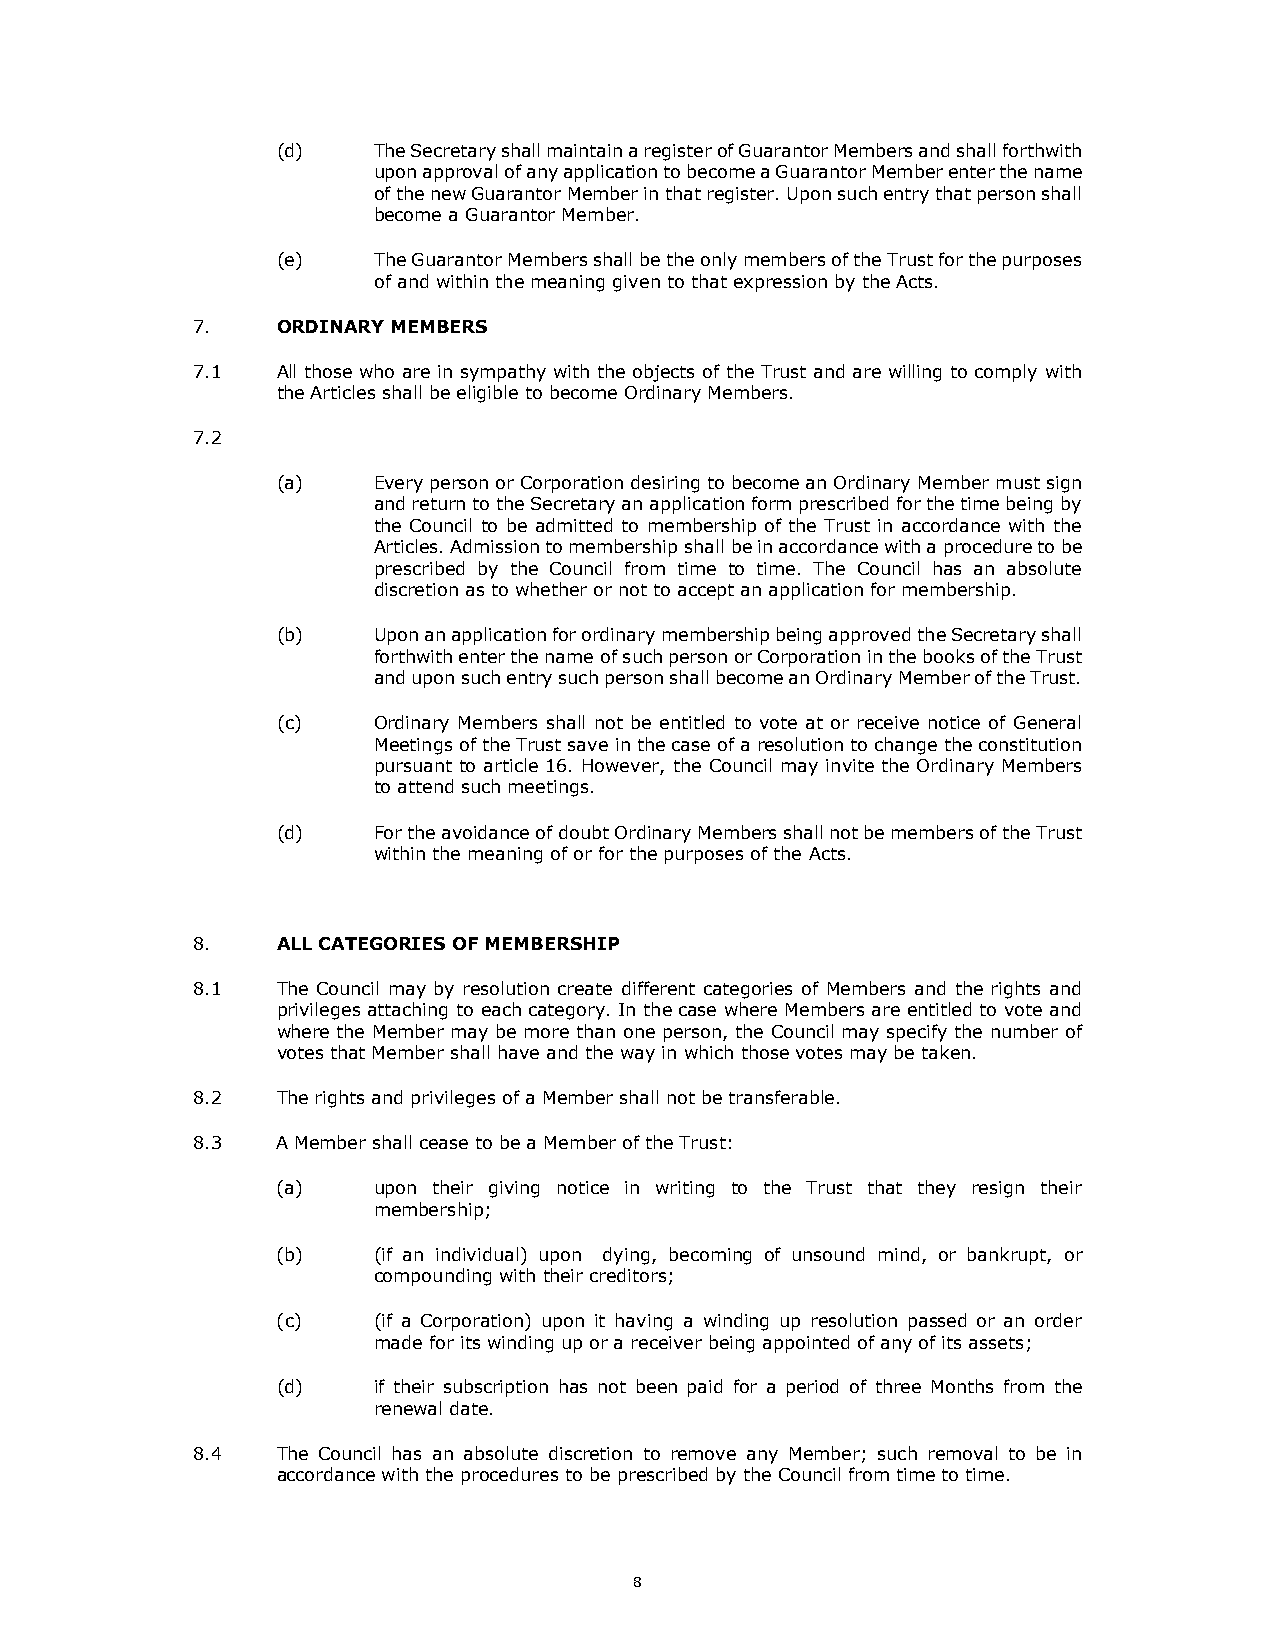
(d)    The Secretary shall maintain a register of Guarantor Members and shall forthwith
 upon approval of any application to become a Guarantor Member enter the name
 of the new Guarantor Member in that register. Upon such entry that person shall
 become a Guarantor Member.
 (e)    The Guarantor Members shall be the only members of the Trust for the purposes
 of and within the meaning given to that expression by the Acts.
 7.   ORDINARY MEMBERS
 7.1  All those who are in sympathy with the objects of the Trust and are willing to comply with
 the Articles shall be eligible to become Ordinary Members.
 7.2
 (a)    Every person or Corporation desiring to become an Ordinary Member must sign
 and return to the Secretary an application form prescribed for the time being by
 the Council to be admitted to membership of the Trust in accordance with the
 Articles. Admission to membership shall be in accordance with a procedure to be
 prescribed by the Council from time to time. The Council has an absolute
 discretion as to whether or not to accept an application for membership.
 (b)    Upon an application for ordinary membership being approved the Secretary shall
 forthwith enter the name of such person or Corporation in the books of the Trust
 and upon such entry such person shall become an Ordinary Member of the Trust.
 (c)    Ordinary Members shall not be entitled to vote at or receive notice of General
 Meetings of the Trust save in the case of a resolution to change the constitution
 pursuant to article 16. However, the Council may invite the Ordinary Members
 to attend such meetings.
 (d)    For the avoidance of doubt Ordinary Members shall not be members of the Trust
 within the meaning of or for the purposes of the Acts.
 8.   ALL CATEGORIES OF MEMBERSHIP
 8.1  The Council may by resolution create different categories of Members and the rights and
 privileges attaching to each category. In the case where Members are entitled to vote and
 where the Member may be more than one person, the Council may specify the number of
 votes that Member shall have and the way in which those votes may be taken.
 8.2  The rights and privileges of a Member shall not be transferable.
 8.3  A Member shall cease to be a Member of the Trust:
 (a)    upon their giving notice in writing to the Trust that they resign their
 membership;
 (b)    (if an individual) upon dying, becoming of unsound mind, or bankrupt, or
 compounding with their creditors;
 (c)    (if a Corporation) upon it having a winding up resolution passed or an order
 made for its winding up or a receiver being appointed of any of its assets;
 (d)    if their subscription has not been paid for a period of three Months from the
 renewal date.
 8.4  The Council has an absolute discretion to remove any Member; such removal to be in
 accordance with the procedures to be prescribed by the Council from time to time.
 8